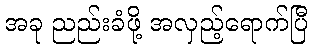
အခု ညည်းခံဖို့ အလှည့်ရောက်ပြီ